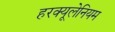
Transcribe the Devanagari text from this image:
हरक्यूलेनियम